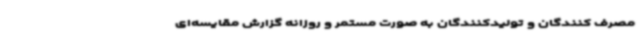
مصرف کنندگان و تولیدکنندگان به صورت مستمر و روزانه گزارش مقایسه‌ای